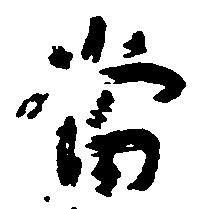
当